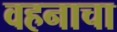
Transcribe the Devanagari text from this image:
वहनाचा